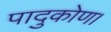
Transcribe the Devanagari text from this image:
पादुकोण।